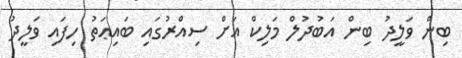
ބިން ވަލީދު ބިން އަބުދުލް މަލިކް އަށް ސިއްރުގައި ބައިޢަތު ހިފައި ވަލީދު